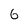
Character: G